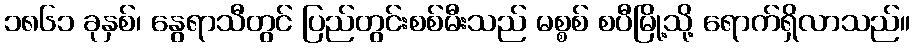
၁၈၆၁ ခုနှစ်၊ နွေရာသီတွင် ပြည်တွင်းစစ်မီးသည် မစ္စစ် စပီမြို့သို့ ရောက်ရှိလာသည်။